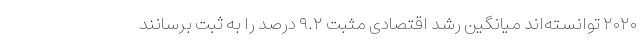
۲۰۲۰ توانسته‌اند میانگین رشد اقتصادی مثبت ۹.۲ درصد را به ثبت برسانند